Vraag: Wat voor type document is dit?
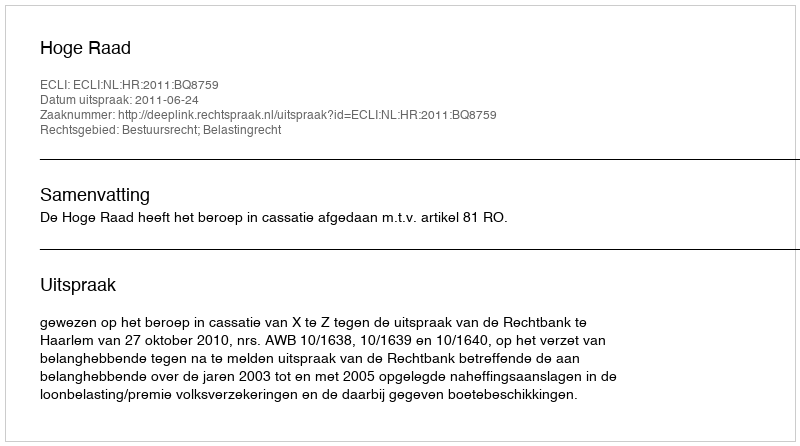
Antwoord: Uitspraak